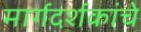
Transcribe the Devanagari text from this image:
मार्गदर्शकांचे